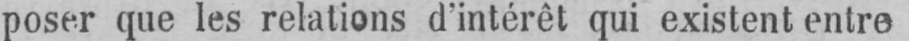
poser que les relations d’intérêt qui existent entre